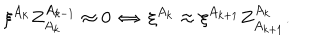
\xi ^ { A _ { k } } Z _ { A _ { k } } ^ { A _ { k - 1 } } \approx 0 \: \Leftrightarrow \: \xi ^ { A _ { k } } \approx \xi ^ { A _ { k + 1 } } Z _ { A _ { k + 1 } } ^ { A _ { k } } .